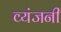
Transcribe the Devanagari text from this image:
व्यंजनी